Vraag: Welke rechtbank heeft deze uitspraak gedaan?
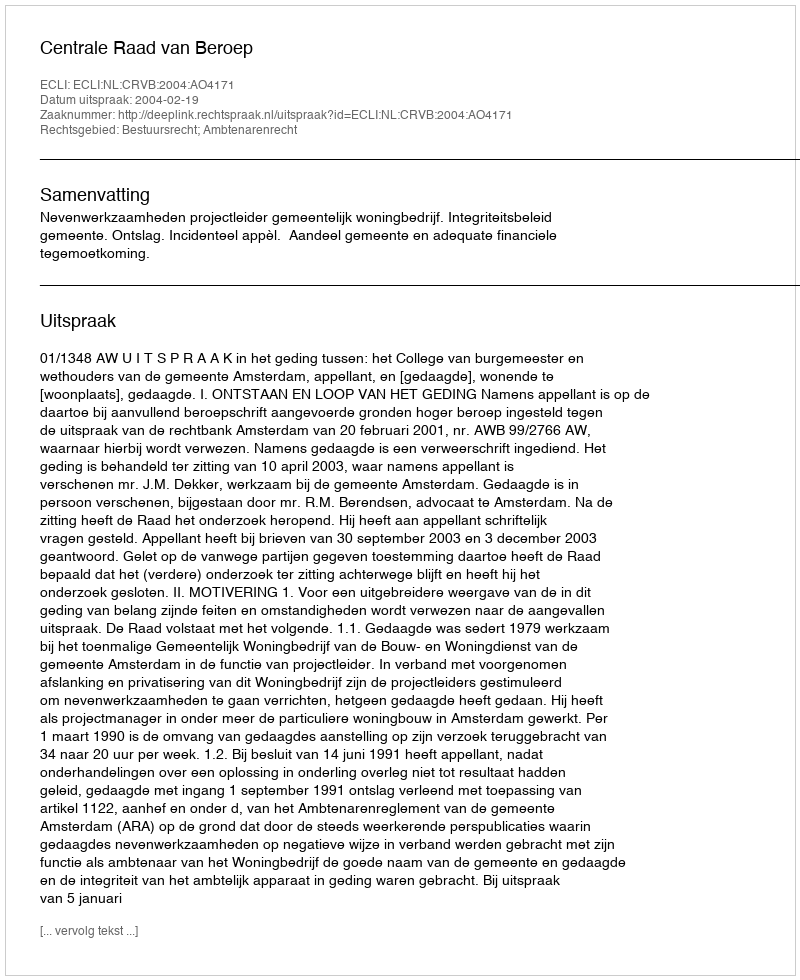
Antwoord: Centrale Raad van Beroep